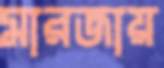
মারজায়